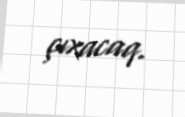
çıxacaq.